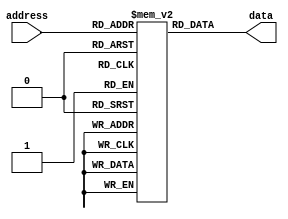
module MaskProgrammedROM
(
    input wire [address_width-1:0] address,
    output reg [data_width-1:0] data
);

parameter address_width = 8; // change the address width accordingly
parameter data_width = 16; // change the data width accordingly

// Define the memory blocks for the ROM
reg [data_width-1:0] memory[0:255]; // 256 memory blocks with each block containing 16 bits

// Initialize the ROM with fixed data pattern during manufacturing
initial begin
    // code to pre-program the ROM goes here
end

// Output the data stored in a specific memory block in response to a specific address input
always @(*)
begin
    data = memory[address];
end

endmodule